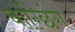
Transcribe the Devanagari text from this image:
चोंग्छिंग